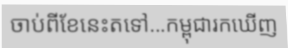
ចាប់ពីខែនេះតទៅ...កម្ពុជារកឃើញ